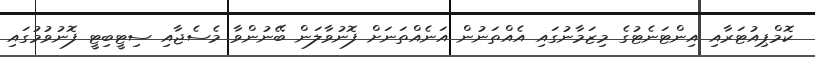
ކޮމްޕިއުޓަރާއި އިންޓަނެޓުގެ މިޒަމާނުގައި އެއްތަނުން އަނެއްތަނަށް ފޮނުވާލަން ބޭނުންވާ މެސެޖާއި ސިޓީބިޓީ ފޮނުވުމުގައި